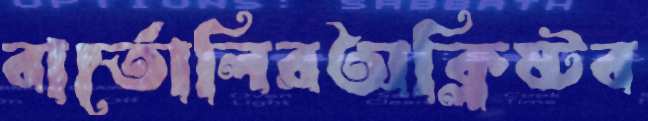
বার্তোলিরঅক্লিষ্টব